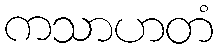
ကသာဟတံ